Scientific memoirs by medical officers of the Army of India - Part IV,
Year: 1889
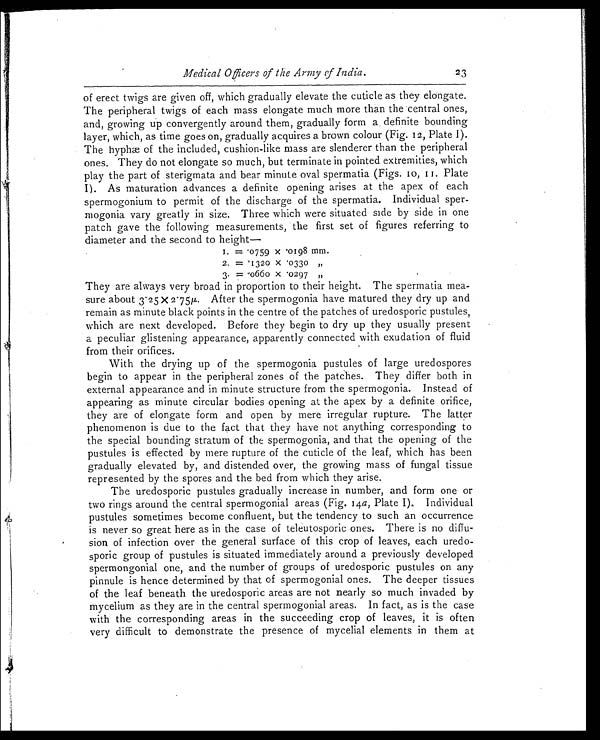
Medical Officers of the Army of India.
23
of erect twigs are given off, which gradually elevate the cuticle as they elongate.
The peripheral twigs of each mass elongate much more than the central ones,
and, growing up convergently around them, gradually form a definite bounding
layer, which, as time goes on, gradually acquires a brown colour (Fig. 12, Plate I).
The hyphæ of the included, cushion-like mass are slenderer than the peripheral
ones. They do not elongate so much, but terminate in pointed extremities, which
play the part of sterigmata and bear minute oval spermatia (Figs. 10, 11. Plate
I). As maturation advances a definite opening arises at the apex of each
spermogonium to permit of the discharge of the spermatia. Individual sper
-mogonia vary greatly in size. Three which were situated side by side in one
patch gave the following measurements, the first set of figures referring to
diameter and the second to height
—
1 . = . 0 7 5 9 x . 0 1 9 8 m m .
2. = .1320x.0330 „
3 . = . 0 6 6 0 x . 0 2 9 7 „
They are always very broad in proportion to their height. The spermatia mea
-sure about 3.25x2.75µ. After the spermogonia have matured they dry up and
remain as minute black points in the centre of the patches of uredosporic pustules,
which are next developed. Before they begin to dry up they usually present
a peculiar glistening appearance, apparently connected with exudation of fluid
from their orifices.
With the drying up of the spermogonia pustules of large uredospores
begin to appear in the peripheral zones of the patches. They differ both in
external appearance and in minute structure from the spermogonia. Instead of
appearing as minute circular bodies opening at the apex by a definite orifice,
they are of elongate form and open by mere irregular rupture. The latter
phenomenon is due to the fact that they have not anything corresponding to
the special bounding stratum of the spermogonia, and that the opening of the
pustules is effected by mere rupture of the cuticle of the leaf, which has been
gradually elevated by, and distended over, the growing mass of fungal tissue
represented by the spores and the bed from which they arise.
The uredosporic pustules gradually increase in number, and form one or
two rings around the central spermogonial areas (Fig. 14 a, Plate I). Individual
pustules sometimes become confluent, but the tendency to such an occurrence
is never so great here as in the case of teleutosporic ones. There is no diffu
-sion of infection over the general surface of this crop of leaves, each uredo
-sporic group of pustules is situated immediately around a previously developed
spermongonial one, and the number of groups of uredosporic pustules on any
pinnule is hence determined by that of spermogonial ones. The deeper tissues
of the leaf beneath the uredosporic areas are not nearly so much invaded by
mycelium as they are in the central spermogonial areas. In fact, as is the case
with the corresponding areas in the succeeding crop of leaves, it is often
very difficult to demonstrate the presence of mycelial elements in them at